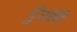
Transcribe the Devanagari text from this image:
ड्रॅगन्स